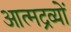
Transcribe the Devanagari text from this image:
आत्मद्रव्यों